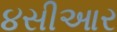
૪સીઆર